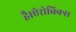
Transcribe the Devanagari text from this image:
है।ऐरोबिक्स